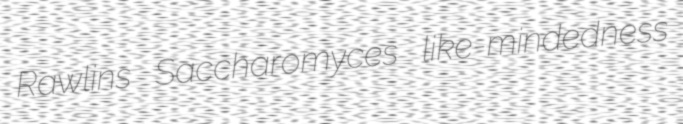
Rawlins Saccharomyces like-mindedness